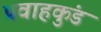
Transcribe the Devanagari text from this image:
प्रवाहकुंड